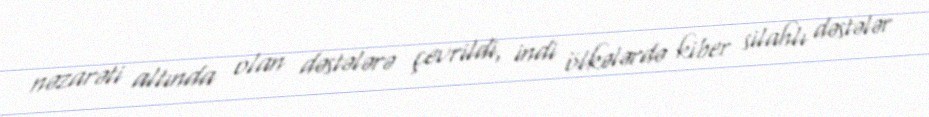
nəzarəti altında olan dəstələrə çevrildi, indi ölkələrdə kiber silahlı dəstələr